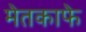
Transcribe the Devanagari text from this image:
मेतकाफे